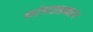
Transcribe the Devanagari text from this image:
परंपराप्रधान